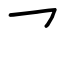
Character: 乛